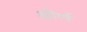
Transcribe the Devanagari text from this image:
क्षीर्ण